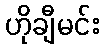
ဟိုချီမင်း